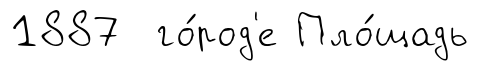
1887 го́род'е Пло́щадь